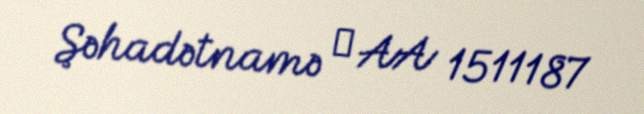
Şəhadətnamə № AA 1511187